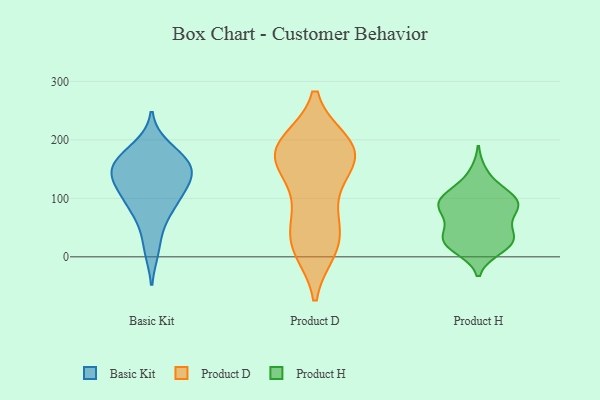
{"axis": {"x": "Population (Million)", "y": "Value"}, "legend": ["Basic Kit", "Product D", "Product H"], "data": [{"x": "", "y": 187, "type": "Basic Kit"}, {"x": "", "y": 166, "type": "Basic Kit"}, {"x": "", "y": 63, "type": "Basic Kit"}, {"x": "", "y": 94, "type": "Basic Kit"}, {"x": "", "y": 138, "type": "Basic Kit"}, {"x": "", "y": 153, "type": "Basic Kit"}, {"x": "", "y": 93, "type": "Basic Kit"}, {"x": "", "y": 13, "type": "Basic Kit"}, {"x": "", "y": 153, "type": "Basic Kit"}, {"x": "", "y": 118, "type": "Basic Kit"}, {"x": "", "y": 128, "type": "Basic Kit"}, {"x": "", "y": 161, "type": "Basic Kit"}, {"x": "", "y": 190, "type": "Product D"}, {"x": "", "y": 191, "type": "Product D"}, {"x": "", "y": 158, "type": "Product D"}, {"x": "", "y": 106, "type": "Product D"}, {"x": "", "y": 34, "type": "Product D"}, {"x": "", "y": 167, "type": "Product D"}, {"x": "", "y": 15, "type": "Product D"}, {"x": "", "y": 19, "type": "Product D"}, {"x": "", "y": 195, "type": "Product D"}, {"x": "", "y": 164, "type": "Product D"}, {"x": "", "y": 82, "type": "Product D"}, {"x": "", "y": 194, "type": "Product D"}, {"x": "", "y": 54, "type": "Product D"}, {"x": "", "y": 175, "type": "Product D"}, {"x": "", "y": 163, "type": "Product D"}, {"x": "", "y": 13, "type": "Product D"}, {"x": "", "y": 14, "type": "Product H"}, {"x": "", "y": 92, "type": "Product H"}, {"x": "", "y": 83, "type": "Product H"}, {"x": "", "y": 116, "type": "Product H"}, {"x": "", "y": 143, "type": "Product H"}, {"x": "", "y": 91, "type": "Product H"}, {"x": "", "y": 20, "type": "Product H"}, {"x": "", "y": 36, "type": "Product H"}, {"x": "", "y": 21, "type": "Product H"}, {"x": "", "y": 70, "type": "Product H"}, {"x": "", "y": 30, "type": "Product H"}, {"x": "", "y": 98, "type": "Product H"}, {"x": "", "y": 31, "type": "Product H"}, {"x": "", "y": 71, "type": "Product H"}, {"x": "", "y": 98, "type": "Product H"}, {"x": "", "y": 98, "type": "Product H"}, {"x": "", "y": 39, "type": "Product H"}]}